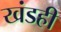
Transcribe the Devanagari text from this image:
खंडही